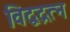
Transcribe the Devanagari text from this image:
विद्वद्रत्न